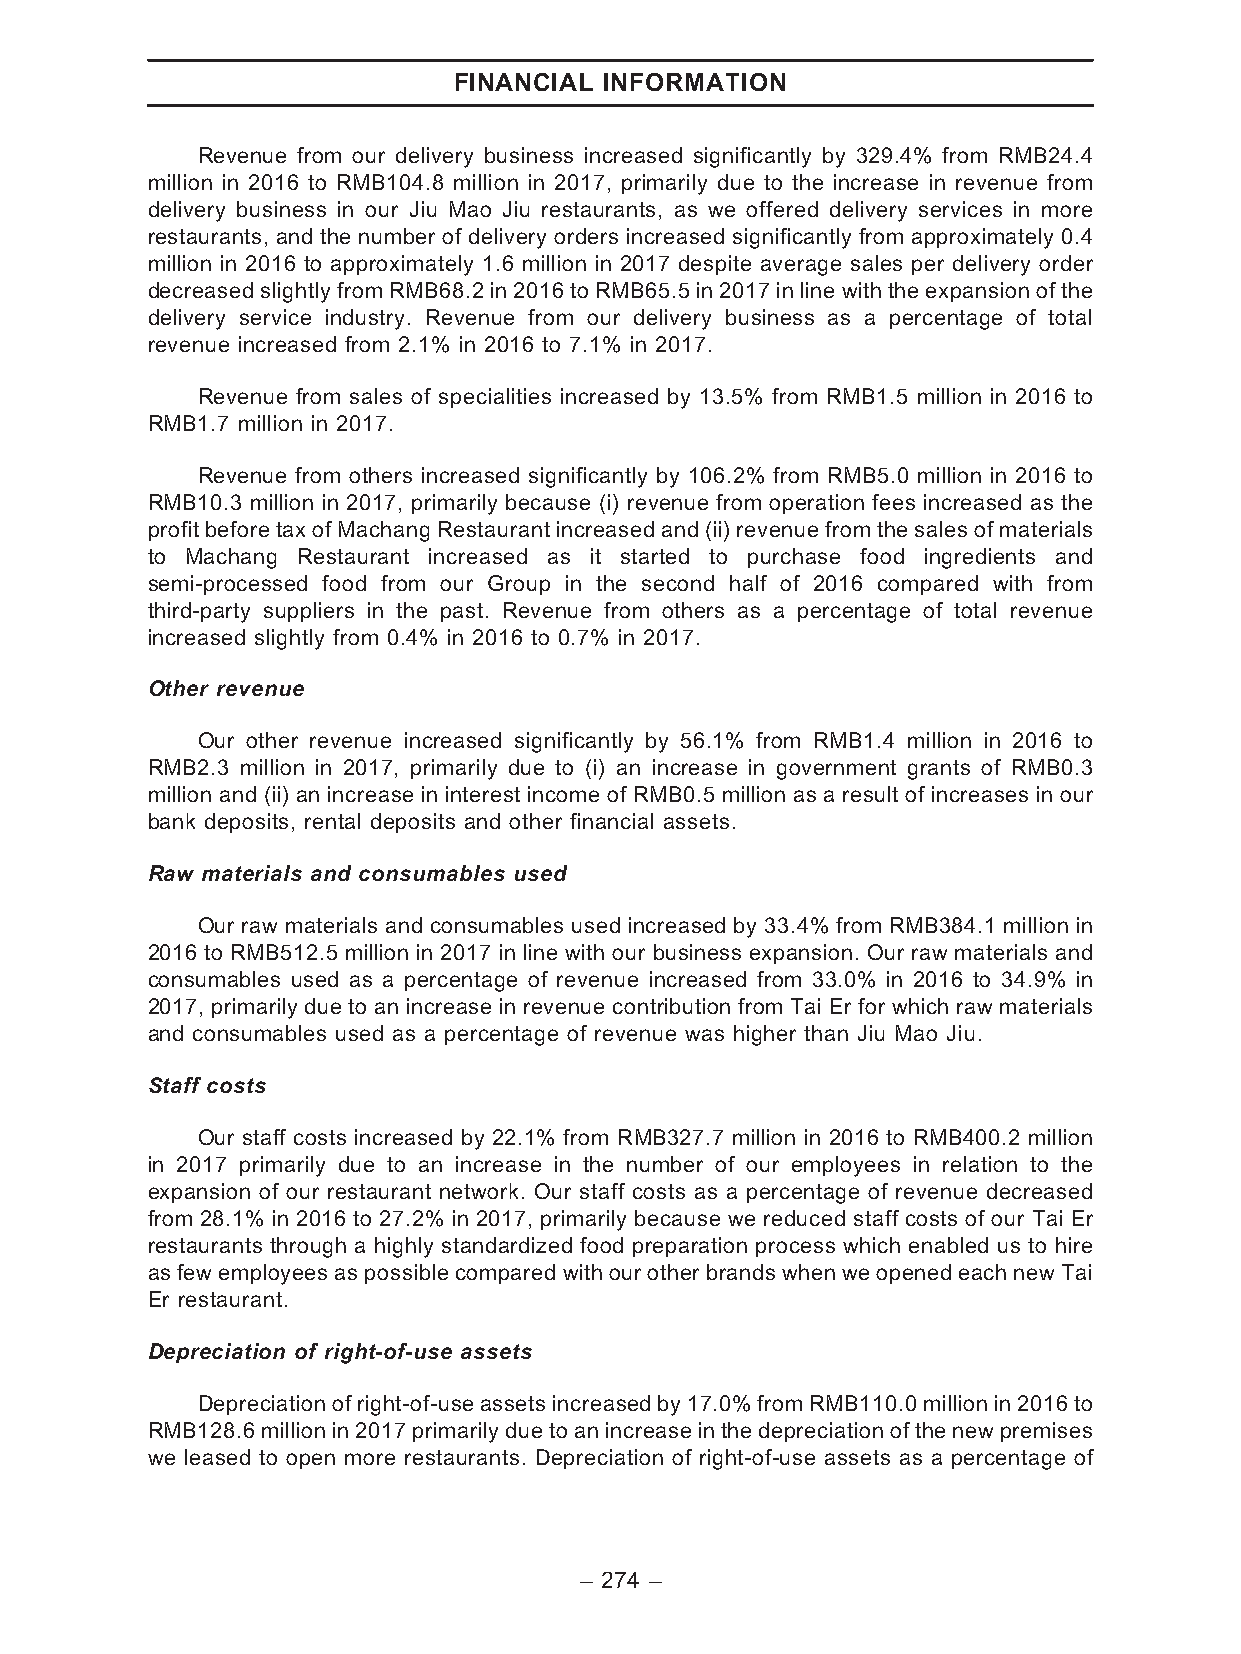
FINANCIAL INFORMATION
 Revenue from our delivery business increased significantly by 329.4% from RMB24.4
 million in 2016 to RMB104.8 million in 2017, primarily due to the increase in revenue from
 delivery business in our Jiu Mao Jiu restaurants, as we offered delivery services in more
 restaurants, and the number of delivery orders increased significantly from approximately 0.4
 million in 2016 to approximately 1.6 million in 2017 despite average sales per delivery order
 decreased slightlyfrom RMB68.2 in 2016 to RMB65.5 in 2017 in line with the expansion of the
 delivery service industry. Revenue from our delivery business as a percentage of total
 revenue increased from 2.1% in 2016 to 7.1% in 2017.
 Revenue from sales of specialities increased by 13.5% from RMB1.5 million in 2016 to
 RMB1.7 million in 2017.
 Revenue from others increased significantly by 106.2% from RMB5.0 million in 2016 to
 RMB10.3 million in 2017, primarily because (i) revenue from operation fees increased as the
 profit before taxof MachangRestaurant increased and (ii)revenue from thesalesof materials
 to Machang Restaurant increased as it started to purchase food ingredients and
 semi-processed food from our Group in the second half of 2016 compared with from
 third-party suppliers in the past. Revenue from others as a percentage of total revenue
 increased slightly from 0.4% in 2016 to 0.7% in 2017.
 Other revenue
 Our other revenue increased significantly by 56.1% from RMB1.4 million in 2016 to
 RMB2.3 million in 2017, primarily due to (i) an increase in government grants of RMB0.3
 million and (ii) an increase in interest income of RMB0.5 million as a result of increases in our
 bank deposits, rental deposits and other financial assets.
 Raw materials and consumables used
 Our raw materials and consumables used increased by 33.4% from RMB384.1 million in
 2016 to RMB512.5 million in 2017 in line with our business expansion. Our raw materials and
 consumables used as a percentage of revenue increased from 33.0% in 2016 to 34.9% in
 2017, primarily due to an increase in revenue contribution from Tai Er for which raw materials
 and consumables used as a percentage of revenue was higher than Jiu Mao Jiu.
 Staff costs
 Our staff costs increased by 22.1% from RMB327.7 million in 2016 to RMB400.2 million
 in 2017 primarily due to an increase in the number of our employees in relation to the
 expansion of our restaurant network. Our staff costs as a percentage of revenue decreased
 from 28.1% in 2016 to 27.2% in 2017, primarily because we reduced staff costs of our Tai Er
 restaurants through a highly standardized food preparation process which enabled us to hire
 as few employees as possible compared with our other brands when we opened each new Tai
 Er restaurant.
 Depreciation of right-of-use assets
 Depreciationofright-of-useassetsincreasedby17.0%fromRMB110.0millionin2016to
 RMB128.6millionin2017primarilydueto anincrease in the depreciationofthenewpremises
 we leased to open more restaurants. Depreciation of right-of-use assets as a percentage of
 – 274 –